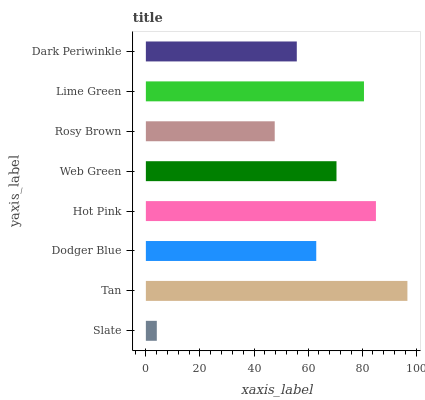
| yaxis_label | bars |
 | --- | --- |
 | Slate | 4.05 |
 | Tan | 96.7 |
 | Dodger Blue | 63 |
 | Hot Pink | 85.1 |
 | Web Green | 70.5 |
 | Rosy Brown | 47.7 |
 | Lime Green | 80.7 |
 | Dark Periwinkle | 55.8 |